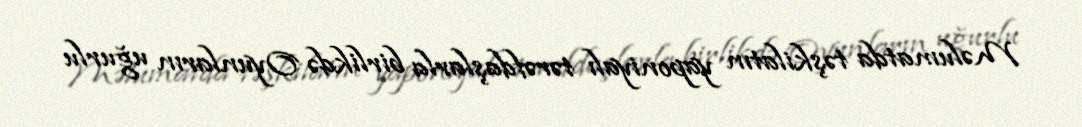
Məlumatda təşkilatın yaponiyalı tərəfdaşlarla birlikdə Oyunların uğurlu